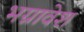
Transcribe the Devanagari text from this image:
भग्नावेश